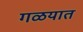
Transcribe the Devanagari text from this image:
गळयात